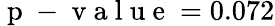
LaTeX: \mathrm{~p~-~v~a~l~u~e~}=0.072